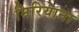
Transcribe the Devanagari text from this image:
मिरियाना